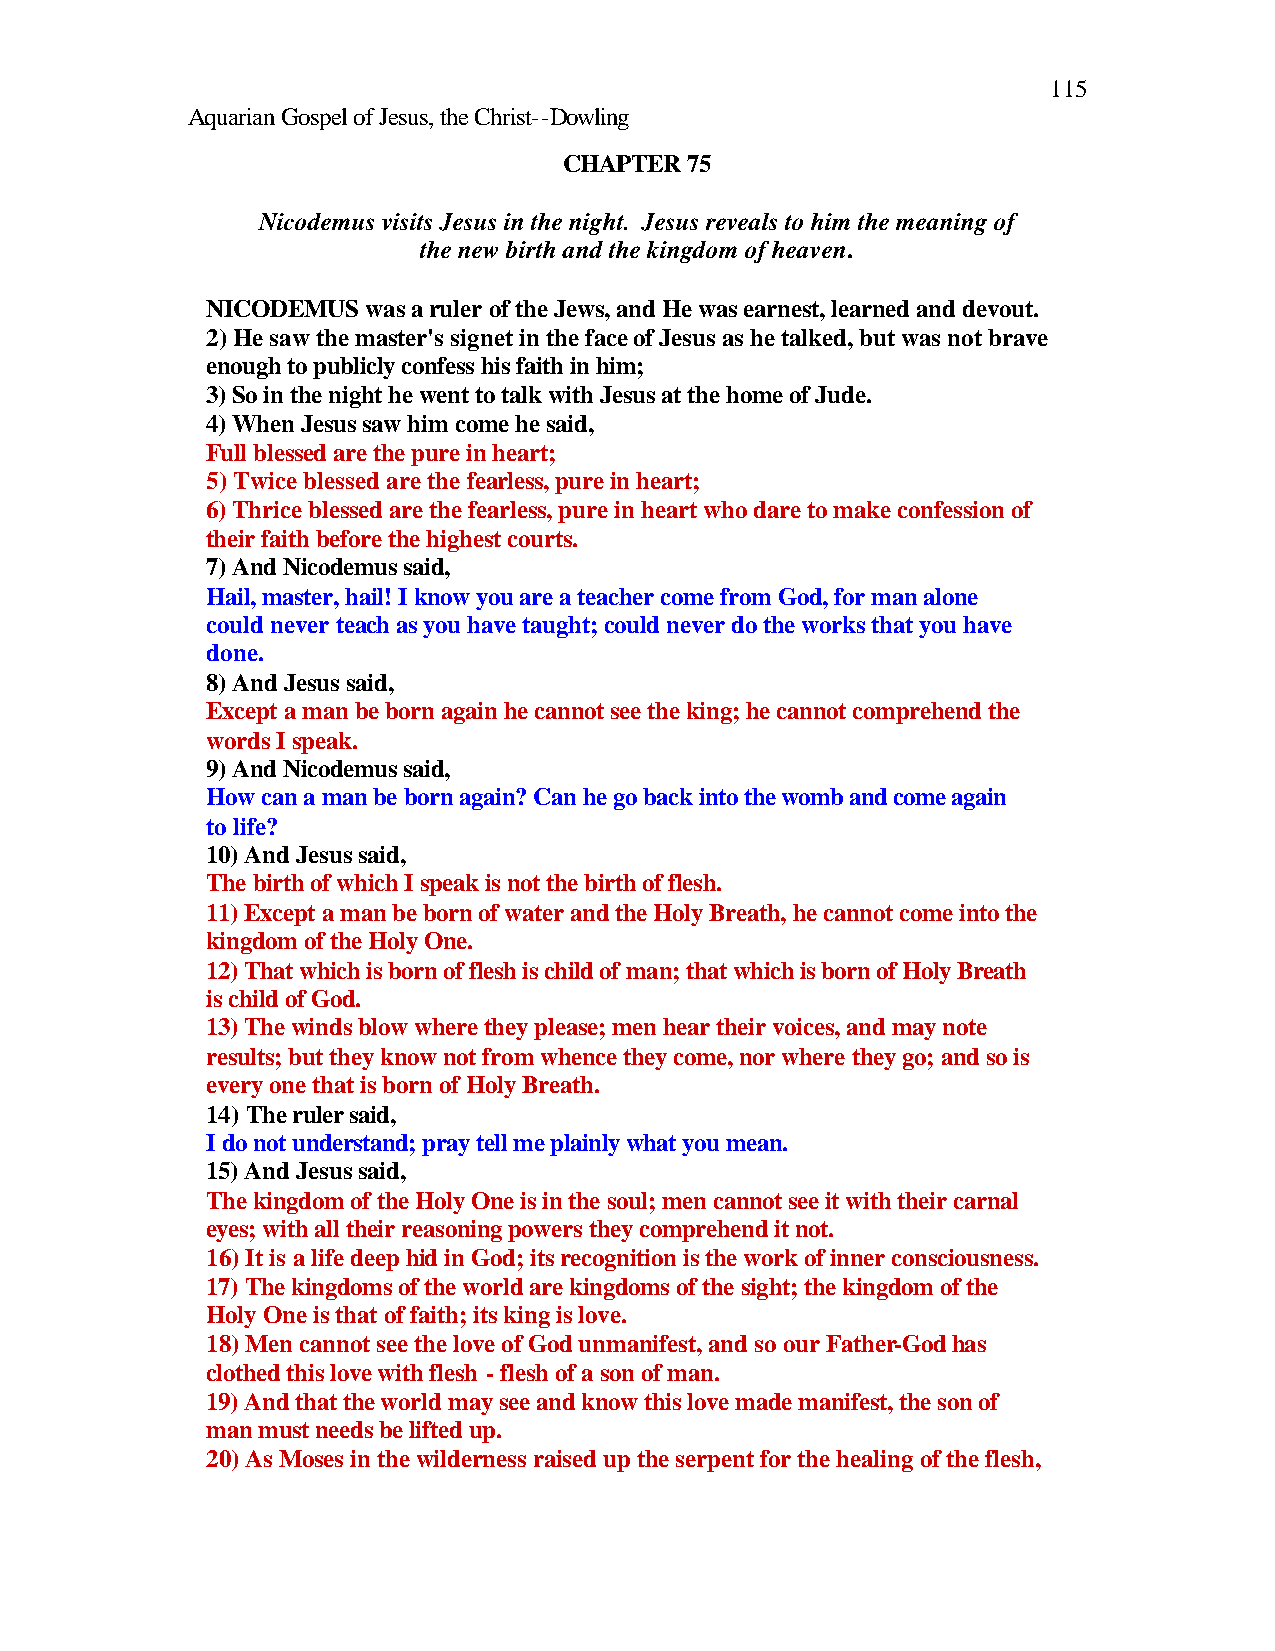
115
 Aquarian Gospel of Jesus, the Christ--Dowling
 CHAPTER 75
 Nicodemus visits Jesus in the night. Jesus reveals to him the meaning of
 the new birth and the kingdom of heaven.
 NICODEMUS was a ruler of the Jews, and He was earnest, learned and devout.
 2) He saw the master's signet in the face of Jesus as he talked, but was not brave
 enough to publicly confess his faith in him;
 3) So in the night he went to talk with Jesus at the home of Jude.
 4) When Jesus saw him come he said,
 Full blessed are the pure in heart;
 5) Twice blessed are the fearless, pure in heart;
 6) Thrice blessed are the fearless, pure in heart who dare to make confession of
 their faith before the highest courts.
 7) And Nicodemus said,
 Hail, master, hail! I know you are a teacher come from God, for man alone
 could never teach as you have taught; could never do the works that you have
 done.
 8) And Jesus said,
 Except a man be born again he cannot see the king; he cannot comprehend the
 words I speak.
 9) And Nicodemus said,
 How can a man be born again? Can he go back into the womb and come again
 to life?
 10) And Jesus said,
 The birth of which I speak is not the birth of flesh.
 11) Except a man be born of water and the Holy Breath, he cannot come into the
 kingdom of the Holy One.
 12) That which is born of flesh is child of man; that which is born of Holy Breath
 is child of God.
 13) The winds blow where they please; men hear their voices, and may note
 results; but they know not from whence they come, nor where they go; and so is
 every one that is born of Holy Breath.
 14) The ruler said,
 I do not understand; pray tell me plainly what you mean.
 15) And Jesus said,
 The kingdom of the Holy One is in the soul; men cannot see it with their carnal
 eyes; with all their reasoning powers they comprehend it not.
 16) It is a life deep hid in God; its recognition is the work of inner consciousness.
 17) The kingdoms of the world are kingdoms of the sight; the kingdom of the
 Holy One is that of faith; its king is love.
 18) Men cannot see the love of God unmanifest, and so our Father-God has
 clothed this love with flesh - flesh of a son of man.
 19) And that the world may see and know this love made manifest, the son of
 man must needs be lifted up.
 20) As Moses in the wilderness raised up the serpent for the healing of the flesh,